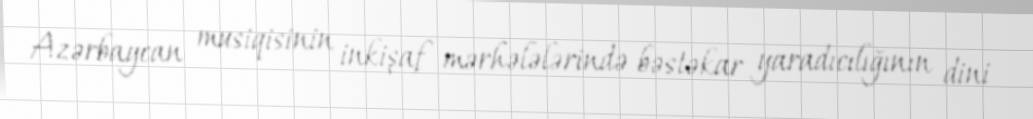
Azərbaycan musiqisinin inkişaf mərhələlərində bəstəkar yaradıcılığının dini